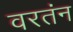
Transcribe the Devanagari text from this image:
वरतंन